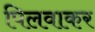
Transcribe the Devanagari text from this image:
पिलवाकर